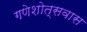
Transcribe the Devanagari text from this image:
गणेशोत्सवास